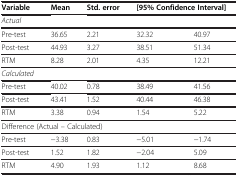
| Variable | Mean | Std. error | <COLSPAN=2> [95% Confidence Interval] |
 | --- | --- | --- | --- | --- |
 | Actual |  |  |  |  |
 | Pre-test | 36.65 | 2.21 | 32.32 | 40.97 |
 | Post-test | 44.93 | 3.27 | 38.51 | 51.34 |
 | RTM | 8.28 | 2.01 | 4.35 | 12.21 |
 | Calculated |  |  |  |  |
 | Pre-test | 40.02 | 0.78 | 38.49 | 41.56 |
 | Post-test | 43.41 | 1.52 | 40.44 | 46.38 |
 | RTM | 3.38 | 0.94 | 1.54 | 5.22 |
 | <COLSPAN=3> Difference (Actual – Calculated) |  |  |
 | Pre-test | −3.38 | 0.83 | −5.01 | −1.74 |
 | Post-test | 1.52 | 1.82 | −2.04 | 5.09 |
 | RTM | 4.90 | 1.93 | 1.12 | 8.68 |